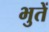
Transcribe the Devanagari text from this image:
भुतें